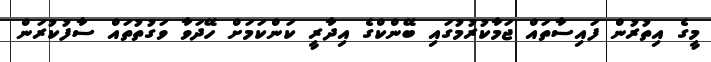
މީގެ އިތުރުން ފައިސާތައް ޖަމާކުރުމުގައި ބޭންކްގެ އިދާރީ ކަންކަމަށް ހޭދަވާ ވަގުތުތައް ސާފުކުރަން